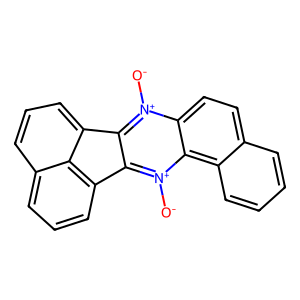
SMILES: [O-][n+]1c2c([n+]([O-])c3c4ccccc4ccc31)-c1cccc3cccc-2c13
Inhibits HIV replication: No